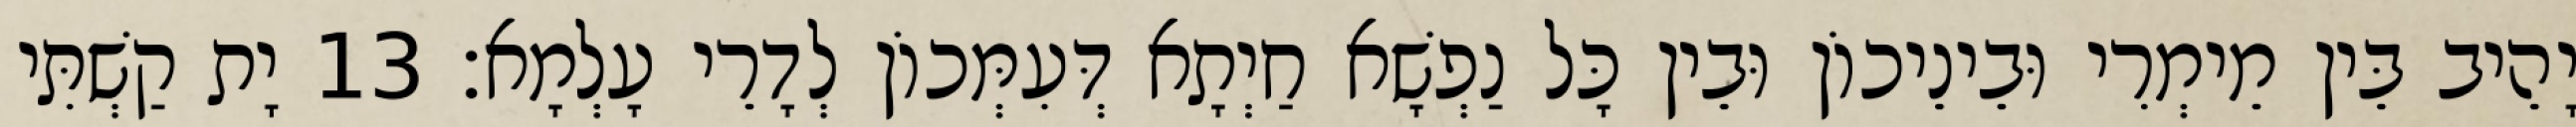
יָהֵיב בֵּין מֵימְרִי וּבֵינֵיכוֹן וּבֵין כָּל נַפְשָׁא חַיְתָא דְּעִמְּכוֹן לְדָרֵי עָלְמָא׃ 13 יָת קַשְׁתִּי